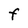
Character: f